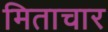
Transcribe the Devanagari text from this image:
मिताचार